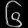
Digit: ၆